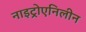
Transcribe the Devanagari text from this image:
नाइट्रोएनिलीन